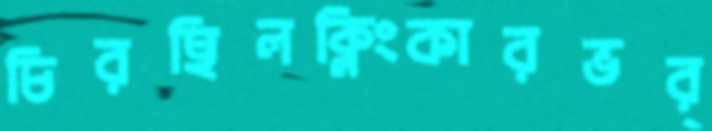
চিরছিলক্লিংকারভর্